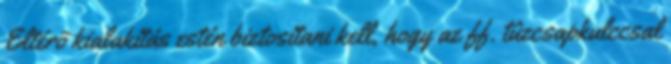
Eltérõ kialakítás estén biztosítani kell, hogy az ff. tûzcsapkulccsal